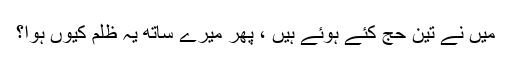
میں نے تین حج کئے ہوئے ہیں ، پھر میرے ساتھ یہ ظلم کیوں ہوا؟